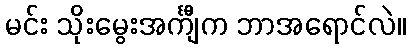
မင်း သိုးမွေးအင်္ကျီက ဘာအရောင်လဲ။